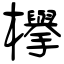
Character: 欅